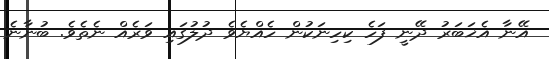
އޭނާ އެޚަބަރު ދޭނީ ފަހެ ކިހިނަކުން ހެއްޔެވެ ދުލުގައި ވަރެއް ނެތެވެ. ބުނާނެ